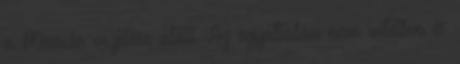
a Messiás vezetése alatt. Az egyáltalán nem véletlen és